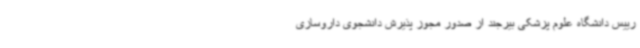
رییس دانشگاه علوم پزشکی بیرجند از صدور مجوز پذیرش دانشجوی داروسازی